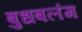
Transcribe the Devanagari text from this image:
बुधबलंग